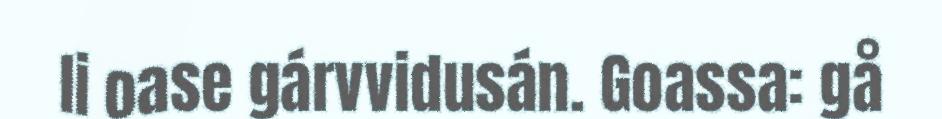
li oase gárvvidusán. Goassa: gå